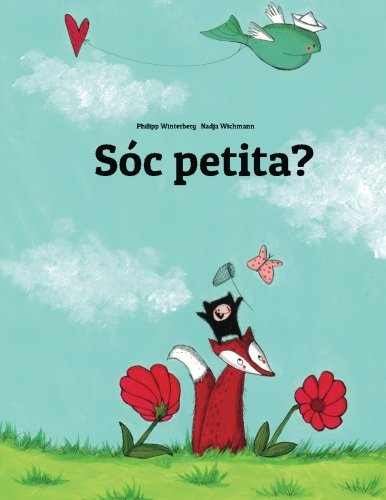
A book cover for SÃ³c petita?: Una HistÃ²ria Illustrada de Philipp Winterberg i Nadja Wichmann (Catalan Edition); Philipp Winterberg; Children's Books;